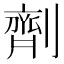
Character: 劑